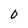
Character: 0